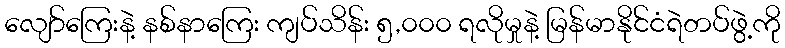
လျော်ကြေးနဲ့ နစ်နာကြေး ကျပ်သိန်း ၅,၀၀၀ ရလိုမှုနဲ့ မြန်မာနိုင်ငံရဲတပ်ဖွဲ့ကို